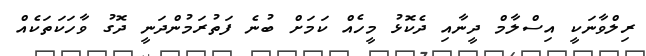
ރިލްވާނަކީ އިސްލާމް ދީނާއި ދެކޮޅު މީހެއް ކަމަށް ބުނެ ފަތުރަމުންދަނީ ދޮގު ވާހަކަތަކެއް